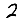
Digit: 2